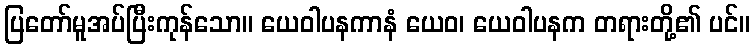
ပြတော်မူအပ်ပြီးကုန်သော။ ယေဝါပနကာနံ ယေဝ၊ ယေဝါပနက တရားတို့၏ ပင်။